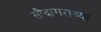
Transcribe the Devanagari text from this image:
सौदागराच्या